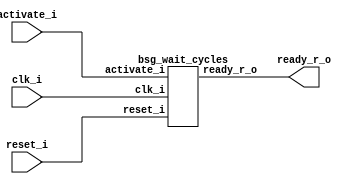


module top
(
  clk_i,
  reset_i,
  activate_i,
  ready_r_o
);

  input clk_i;
  input reset_i;
  input activate_i;
  output ready_r_o;

  bsg_wait_cycles
  wrapper
  (
    .clk_i(clk_i),
    .reset_i(reset_i),
    .activate_i(activate_i),
    .ready_r_o(ready_r_o)
  );


endmodule



module bsg_wait_cycles
(
  clk_i,
  reset_i,
  activate_i,
  ready_r_o
);

  input clk_i;
  input reset_i;
  input activate_i;
  output ready_r_o;
  wire N0,N1,N2,N3,N4,N5,N6,N7,N8,N9,N10,N11,N12,N13,N14,N15,N16,N17,N18,N19,N20,N21,
  N22,N23,N24,N25;
  wire [4:0] ctr_n;
  reg [4:0] ctr_r;
  reg ready_r_o;
  assign N15 = ~ctr_n[4];
  assign N16 = ctr_n[3] | N15;
  assign N17 = ctr_n[2] | N16;
  assign N18 = ctr_n[1] | N17;
  assign N19 = ctr_n[0] | N18;
  assign N20 = ~N19;
  assign N21 = ~ctr_r[4];
  assign N22 = ctr_r[3] | N21;
  assign N23 = ctr_r[2] | N22;
  assign N24 = ctr_r[1] | N23;
  assign N25 = ctr_r[0] | N24;
  assign { N9, N8, N7, N6, N5 } = ctr_r + 1'b1;
  assign ctr_n = (N0)? { 1'b1, 1'b0, 1'b0, 1'b0, 1'b0 } : 
                 (N11)? { 1'b0, 1'b0, 1'b0, 1'b0, 1'b0 } : 
                 (N14)? { N9, N8, N7, N6, N5 } : 
                 (N3)? ctr_r : 1'b0;
  assign N0 = reset_i;
  assign N1 = activate_i | reset_i;
  assign N2 = N25 | N1;
  assign N3 = ~N2;
  assign N4 = N14;
  assign N10 = ~reset_i;
  assign N11 = activate_i & N10;
  assign N12 = ~activate_i;
  assign N13 = N10 & N12;
  assign N14 = N25 & N13;

  always @(posedge clk_i) begin
    if(1'b1) begin
      { ctr_r[4:0] } <= { ctr_n[4:0] };
      ready_r_o <= N20;
    end 
  end


endmodule